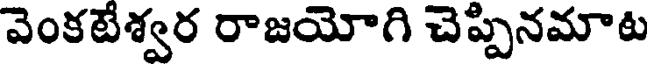
వెంకటేశ్వర రాజయోగి చెప్పినమాట